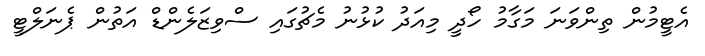
އެޓީމުން ތިންވަނަ މަގާމު ހޯދީ މިއަދު ކުޅުނު މެޗުގައި ސްވިޒަލެންޑް އަތުން ޕެނަލްޓީ